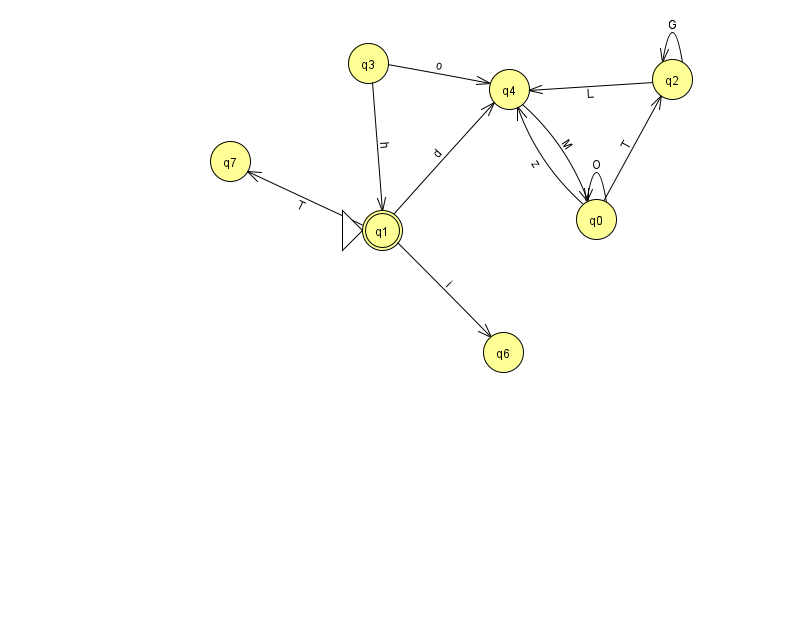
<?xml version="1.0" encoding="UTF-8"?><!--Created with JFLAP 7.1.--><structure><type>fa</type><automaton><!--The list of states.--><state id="0" name="q0"><x>596.0</x><y>206.0</y></state><state id="1" name="q1"><x>382.0</x><y>217.0</y><initial/><final/></state><state id="2" name="q2"><x>672.0</x><y>66.0</y></state><state id="3" name="q3"><x>368.0</x><y>50.0</y></state><state id="4" name="q4"><x>509.0</x><y>76.0</y></state><state id="6" name="q6"><x>503.0</x><y>339.0</y></state><state id="7" name="q7"><x>230.0</x><y>148.0</y></state><!--The list of transitions.--><transition><from>0</from><to>2</to><read>T</read></transition><transition><from>1</from><to>6</to><read>i</read></transition><transition><from>2</from><to>2</to><read>G</read></transition><transition><from>3</from><to>4</to><read>o</read></transition><transition><from>3</from><to>1</to><read>h</read></transition><transition><from>2</from><to>4</to><read>L</read></transition><transition><from>0</from><to>4</to><read>z</read></transition><transition><from>4</from><to>0</to><read>M</read></transition><transition><from>1</from><to>4</to><read>d</read></transition><transition><from>1</from><to>7</to><read>T</read></transition><transition><from>0</from><to>0</to><read>O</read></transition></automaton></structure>